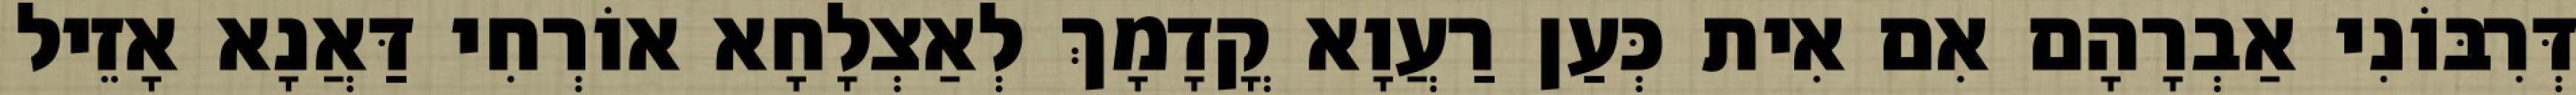
דְּרִבּוֹנִי אַבְרָהָם אִם אִית כְּעַן רַעֲוָא קֳדָמָךְ לְאַצְלָחָא אוֹרְחִי דַּאֲנָא אָזֵיל